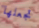
تجعلها